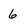
Character: 6